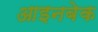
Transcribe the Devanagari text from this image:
आइनबेक